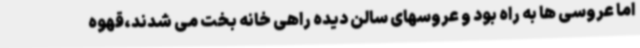
اما عروسی ها به راه بود و عروسهای سالن دیده راهی خانه بخت می شدند،قهوه